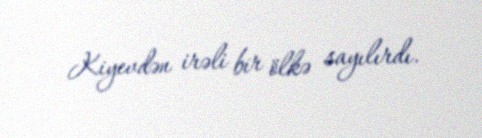
Kiyevdən irəli bir ölkə sayılırdı.